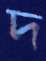
দ